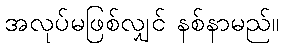
အလုပ်မဖြစ်လျှင် နစ်နာမည်။